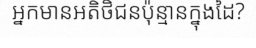
អ្នកមានអតិថិជនប៉ុន្មានក្នុងដៃ?